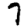
Digit: 7